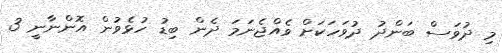
މި ދުވަސް ބަންދު ދުވަހަކަށް ވެއްޖެނަމަ ދެން ބިޑު ހުޅެވުން އޮންނާނީ 3